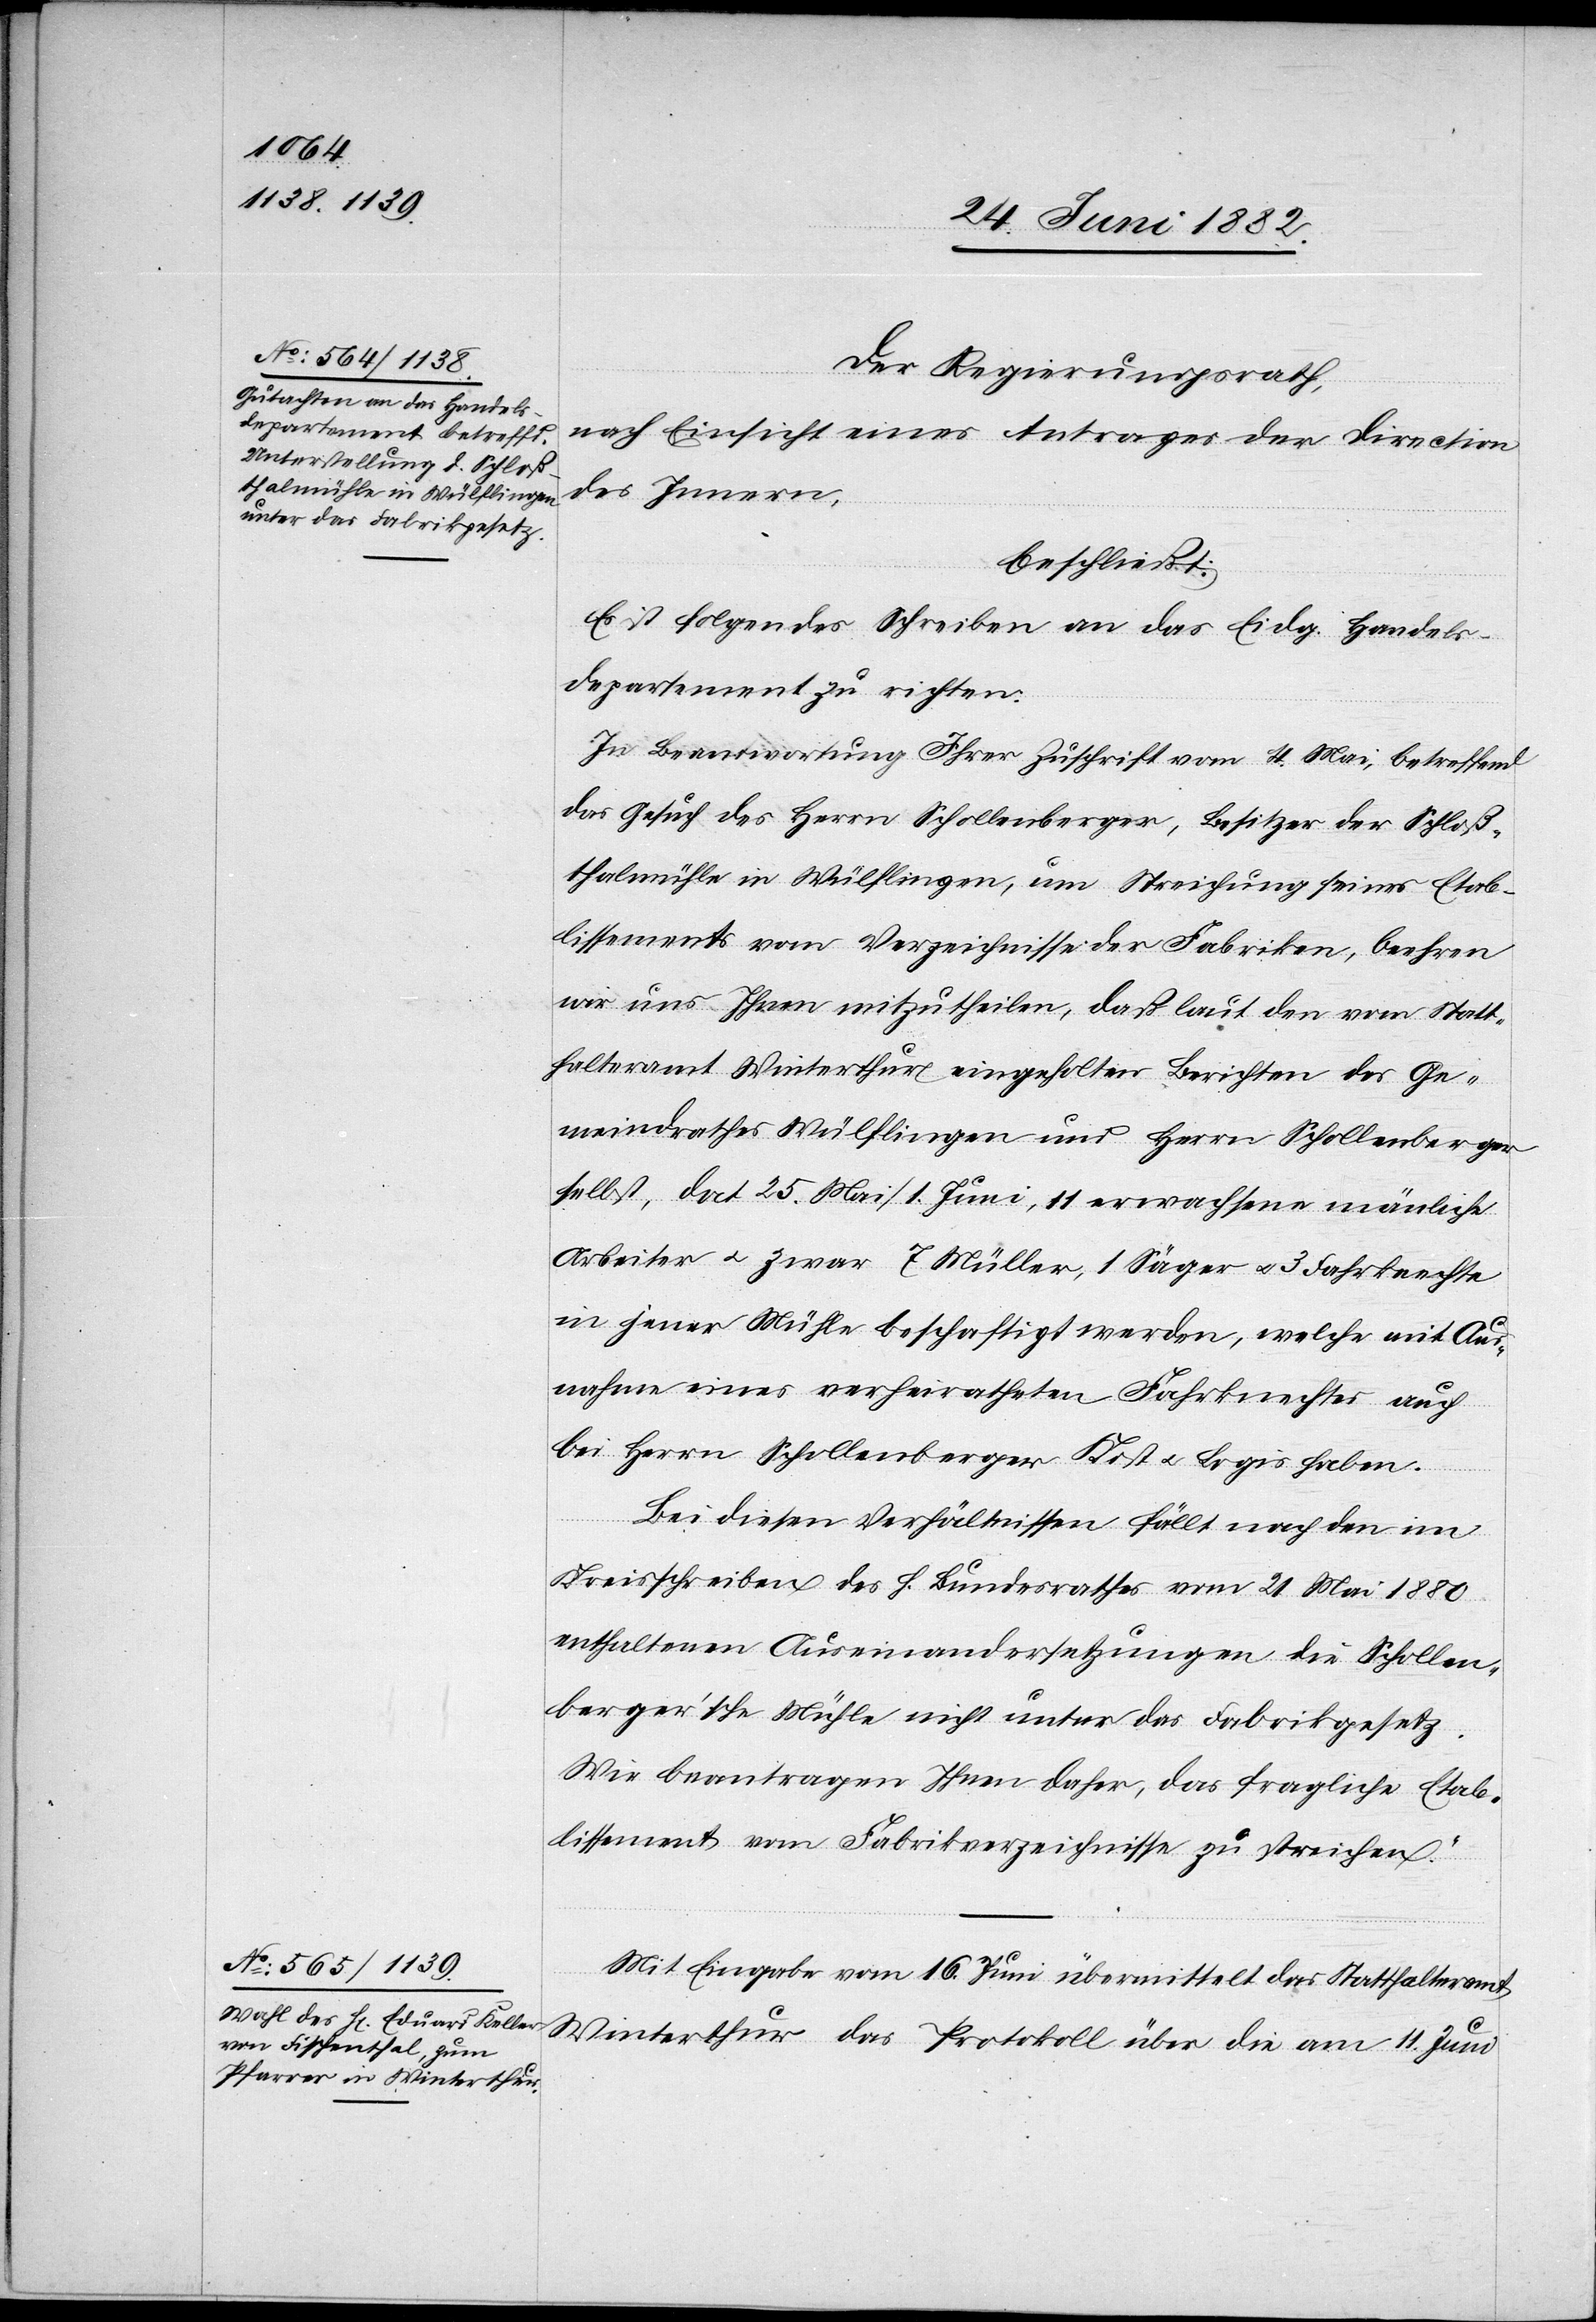
Der Regierungsrath,
nach Einsicht eines Antrages der Direction
des Innern,
beschließt:
Es ist folgendes Schreiben an das Eidg. Handels¬
departement zu richten:
„In Beantwortung Ihrer Zuschrift vom 4. Mai, betreffend
das Gesuch des Herrn Schollenberger, Besitzer der Schloß¬
thalmühle in Wülflingen, um Streichung seines Etab¬
lissements vom Verzeichnisse der Fabriken, beehren
wird uns Ihnen mitzutheilen, daß laut den vom Statt¬
halteramt Winterthur eingeholten Berichten des Ge¬
meindrathes Wülflingen und Herrn Schollenberger
selbst, dat. 25. Mai/1. Juni, 11 erwachsene män[n]liche
Arbeiter u. zwar 7 Müller, 1 Säger u. 3 Fahrknechte
in jener Mühle beschäftigt werden, welche mit Aus¬
nahme eines verheiratheten Fahrknechtes auch
bei Herrn Schollenberger Kost u. Logis haben.
Bei diesen Verhältnissen fällt nach den im
Kreisschreiben des h. Bundesrathes vom 21. Mai 1880
enthaltenen Auseinandersetzungen die Schollen¬
berger’sche Mühle nicht unter das Fabrikgesetz.
Wir beantragen Ihnen daher, das fragliche Etab¬
lissement vom Fabrikverzeichnisse zu streichen.“
Mit Eingabe vom 16. Juni übermittelt das Statthalteramt
Winterthur das Protokoll über die am 11. Juni